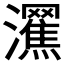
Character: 𤄩